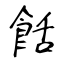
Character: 餂